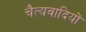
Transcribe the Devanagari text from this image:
चैत्यवादियों